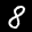
Label: 8